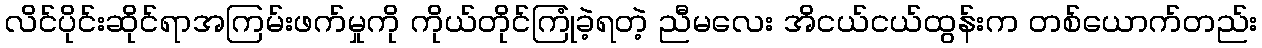
လိင်ပိုင်းဆိုင်ရာအကြမ်းဖက်မှုကို ကိုယ်တိုင်ကြုံခဲ့ရတဲ့ ညီမလေး အိငယ်ငယ်ထွန်းက တစ်ယောက်တည်း